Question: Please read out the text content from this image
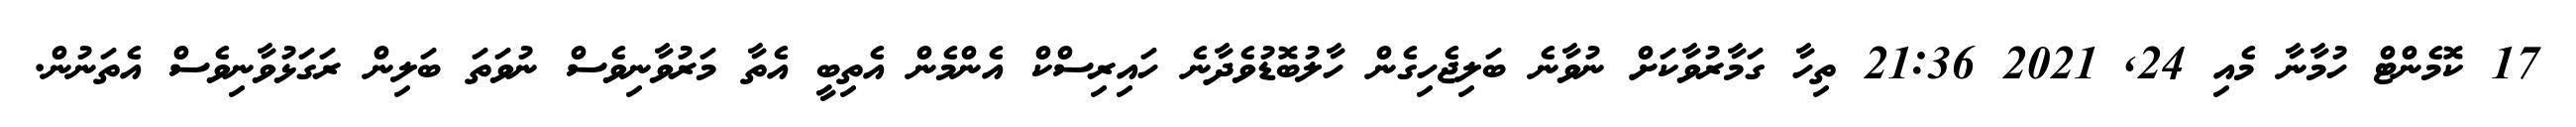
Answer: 17 ކޮމެންޓް ހުމާނާ މެއި 24, 2021 21:36 ތިހާ ގަމާރުވާކަށް ނުވާނެ ބަލިޖެހިގެން ހާލުބޮޑުވެދާނެ ހައިރިސްކް އެންމެން އެތިބީ އެތާ މަރުވާނިވެސް ނުވަތަ ބަލިން ރަގަޅުވާނިވެސް އެތަނުން.